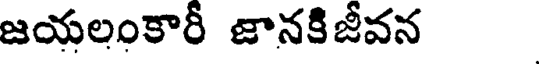
జయలంకారీ జానకిజీవన